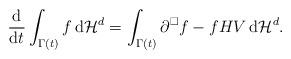
LaTeX: \begin{align*}\frac{\mathrm{d}}{\mathrm{d}t} \int_{\Gamma(t)} f \, \mathrm{d}\mathcal{H}^d= \int_{\Gamma(t)} \partial^\square f - f H V \, \mathrm{d}\mathcal{H}^d.\end{align*}